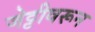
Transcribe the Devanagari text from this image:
जेट्टीवरून